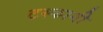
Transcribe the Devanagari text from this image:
टस्कागी